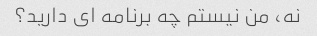
نه، من نیستم چه برنامه ای دارید؟